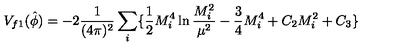
V _ { f 1 } ( \hat { \phi } ) = - 2 \frac { 1 } { ( 4 \pi ) ^ { 2 } } \sum _ { i } \{ \frac { 1 } { 2 } M _ { i } ^ { 4 } \ln \frac { M _ { i } ^ { 2 } } { \mu ^ { 2 } } - \frac { 3 } { 4 } M _ { i } ^ { 4 } + C _ { 2 } M _ { i } ^ { 2 } + C _ { 3 } \}